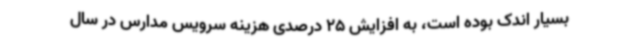
بسیار اندک بوده است، به افزایش 25 درصدی هزینه سرویس مدارس در سال